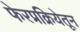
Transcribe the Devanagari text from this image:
फेरप्रक्रियेतून